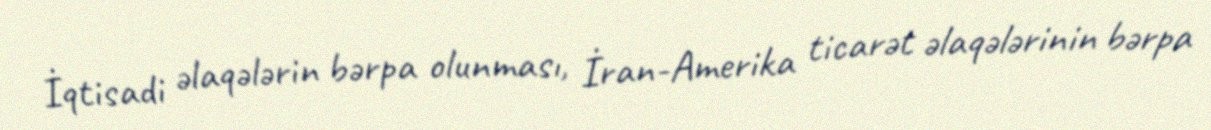
İqtisadi əlaqələrin bərpa olunması, İran-Amerika ticarət əlaqələrinin bərpa